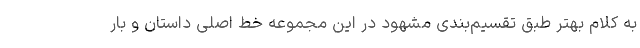
به کلام بهتر طبق تقسیم‌بندی مشهود در این مجموعه خط اصلی داستان و بار